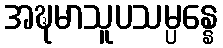
အဍ္ဎမာသူပသမ္ပန္နေ